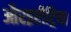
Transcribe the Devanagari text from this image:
औरइरीट्रिया